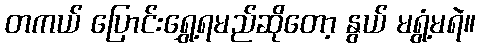
တကယ် ပြောင်းရွှေ့ရမည်ဆိုတော့ နွယ် မရွံ့မရဲ။